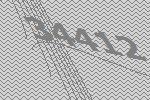
34412